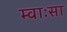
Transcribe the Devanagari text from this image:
म्वाःसा